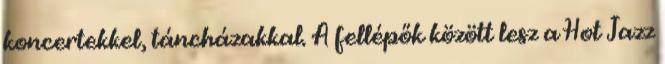
koncertekkel, táncházakkal. A fellépők között lesz a Hot Jazz